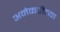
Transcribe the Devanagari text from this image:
अनेकरीत्या